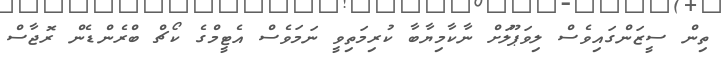
ތިން ސީޒަންގައިވެސް ލިވަޕޫލަށް ނާކާމިޔާބާ ކުރިމަތިވީ ނަމަވެސް އެޓީމްގެ ކޯޗް ބްރެންޑެން ރޮޖާސް